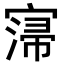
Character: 𡩻